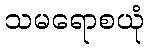
သမရောစယုံ